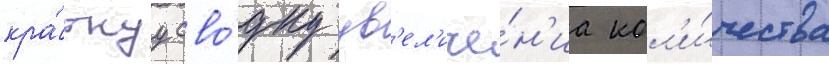
кра́ткуу сво́дку ув'ел'иче́н'иа кол'и́чества